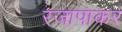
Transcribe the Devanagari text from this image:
रजापाकर